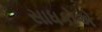
સાધકોએ